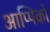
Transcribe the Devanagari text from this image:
आप्पिकों